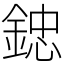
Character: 𨨩